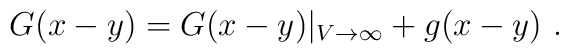
G(x-y) = G(x-y)\vert_{V \to \infty} + g(x-y) \ .